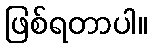
ဖြစ်ရတာပါ။